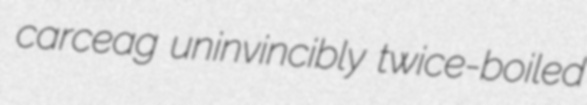
carceag uninvincibly twice-boiled